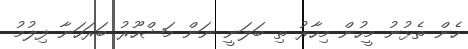
ހެން ތެޅުނު މީހުން މިހާރު ތި ބަލަނީ ނަން މަޝްހޫރު ބަރަހަނާ ފިލުމު